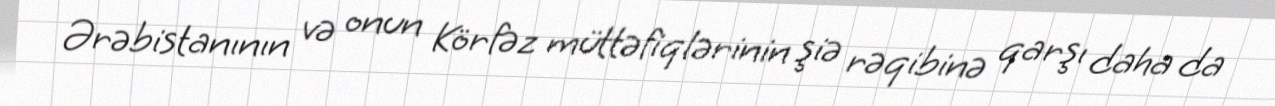
Ərəbistanının və onun Körfəz müttəfiqlərinin şiə rəqibinə qarşı daha da